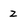
Character: 2